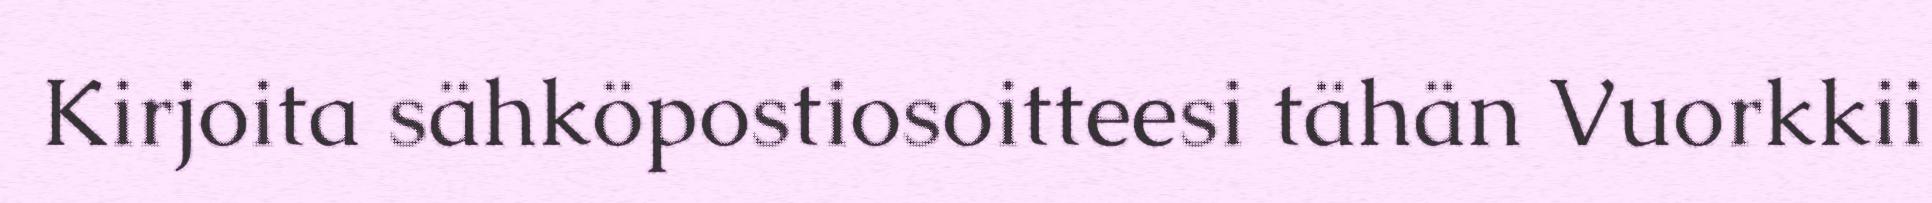
Kirjoita sähköpostiosoitteesi tähän Vuorkkii